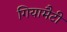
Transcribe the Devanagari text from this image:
गियामैटी